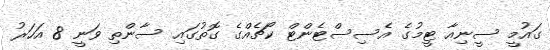
ގައުމީ ސީނިއާ ޓީމުގެ އެސިސްޓެންޓް ކޯޗެއްގެ ގޮތުގައި ސާންތި ވަނީ 8 އަހަރު